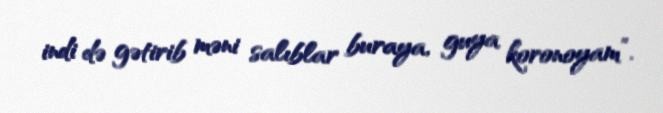
indi də gətirib məni salıblar buraya, guya koronoyam”.